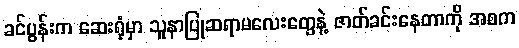
ခင်ပွန်းက ဆေးရုံမှာ သူနာပြုဆရာမလေးတွေနဲ့ ဇာတ်ခင်းနေတာကို အစက